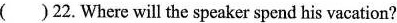
( )22.Where will the speaker spend his vacation?